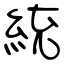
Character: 統